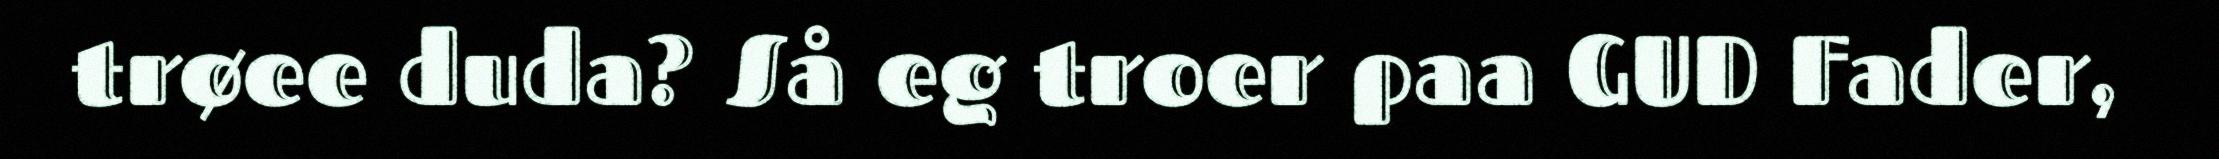
trøee duda? Så eg troer paa GUD Fader,